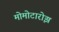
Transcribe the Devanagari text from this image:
मोमोटारोझ